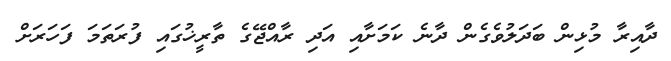
ދާއިރާ މުޅިން ބަދަލުވެގެން ދާނެ ކަމަށާއި އަދި ރާއްޖޭގެ ތާރީޚުގައި ފުރަތަމަ ފަހަރަށް